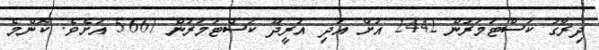
ދިރާގު ކަސްޓަމަރުން 2442 އަށް އަދި އުރީދޫ ކަސްޓަމަރުން 5667 އަށެވެ. ކޮންމެ